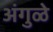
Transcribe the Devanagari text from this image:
अंगुळे